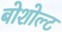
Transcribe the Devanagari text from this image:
बोशोल्ट